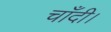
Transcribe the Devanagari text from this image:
चाँदी।